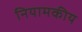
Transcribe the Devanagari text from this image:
नियामकीय